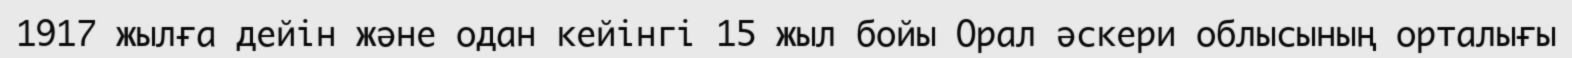
1917 жылға дейін және одан кейінгі 15 жыл бойы Орал әскери облысының орталығы